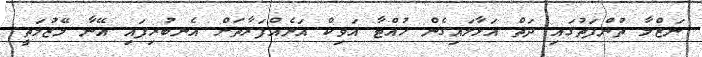
ނަޒްލާ ތުންފަތުގައި ދަތް އަޅާލައިގެން ހުއްޓާ އަވިކް އަނެއްފަރާތަށް އެނބުރިފައި އޭނާ މޭޒުމަތީ